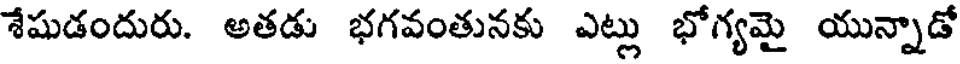
శేషుడందురు. అతడు భగవంతునకు ఎట్లు భోగ్యమై యున్నాడో